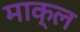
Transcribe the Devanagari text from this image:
माक्ल